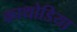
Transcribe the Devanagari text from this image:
काथोडिया